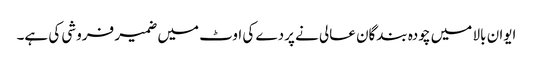
ایوان بالا میں چودہ بندگان عالی نے پردے کی اوٹ میں ضمیر فروشی کی ہے۔